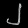
Digit: ၂